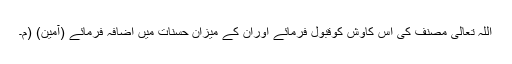
اللہ تعالیٰ مصنف کی اس کاوش کوقبول فرمائے اوران کے میزانِ حسنات میں اضافہ فرمائے (آمین) (م۔